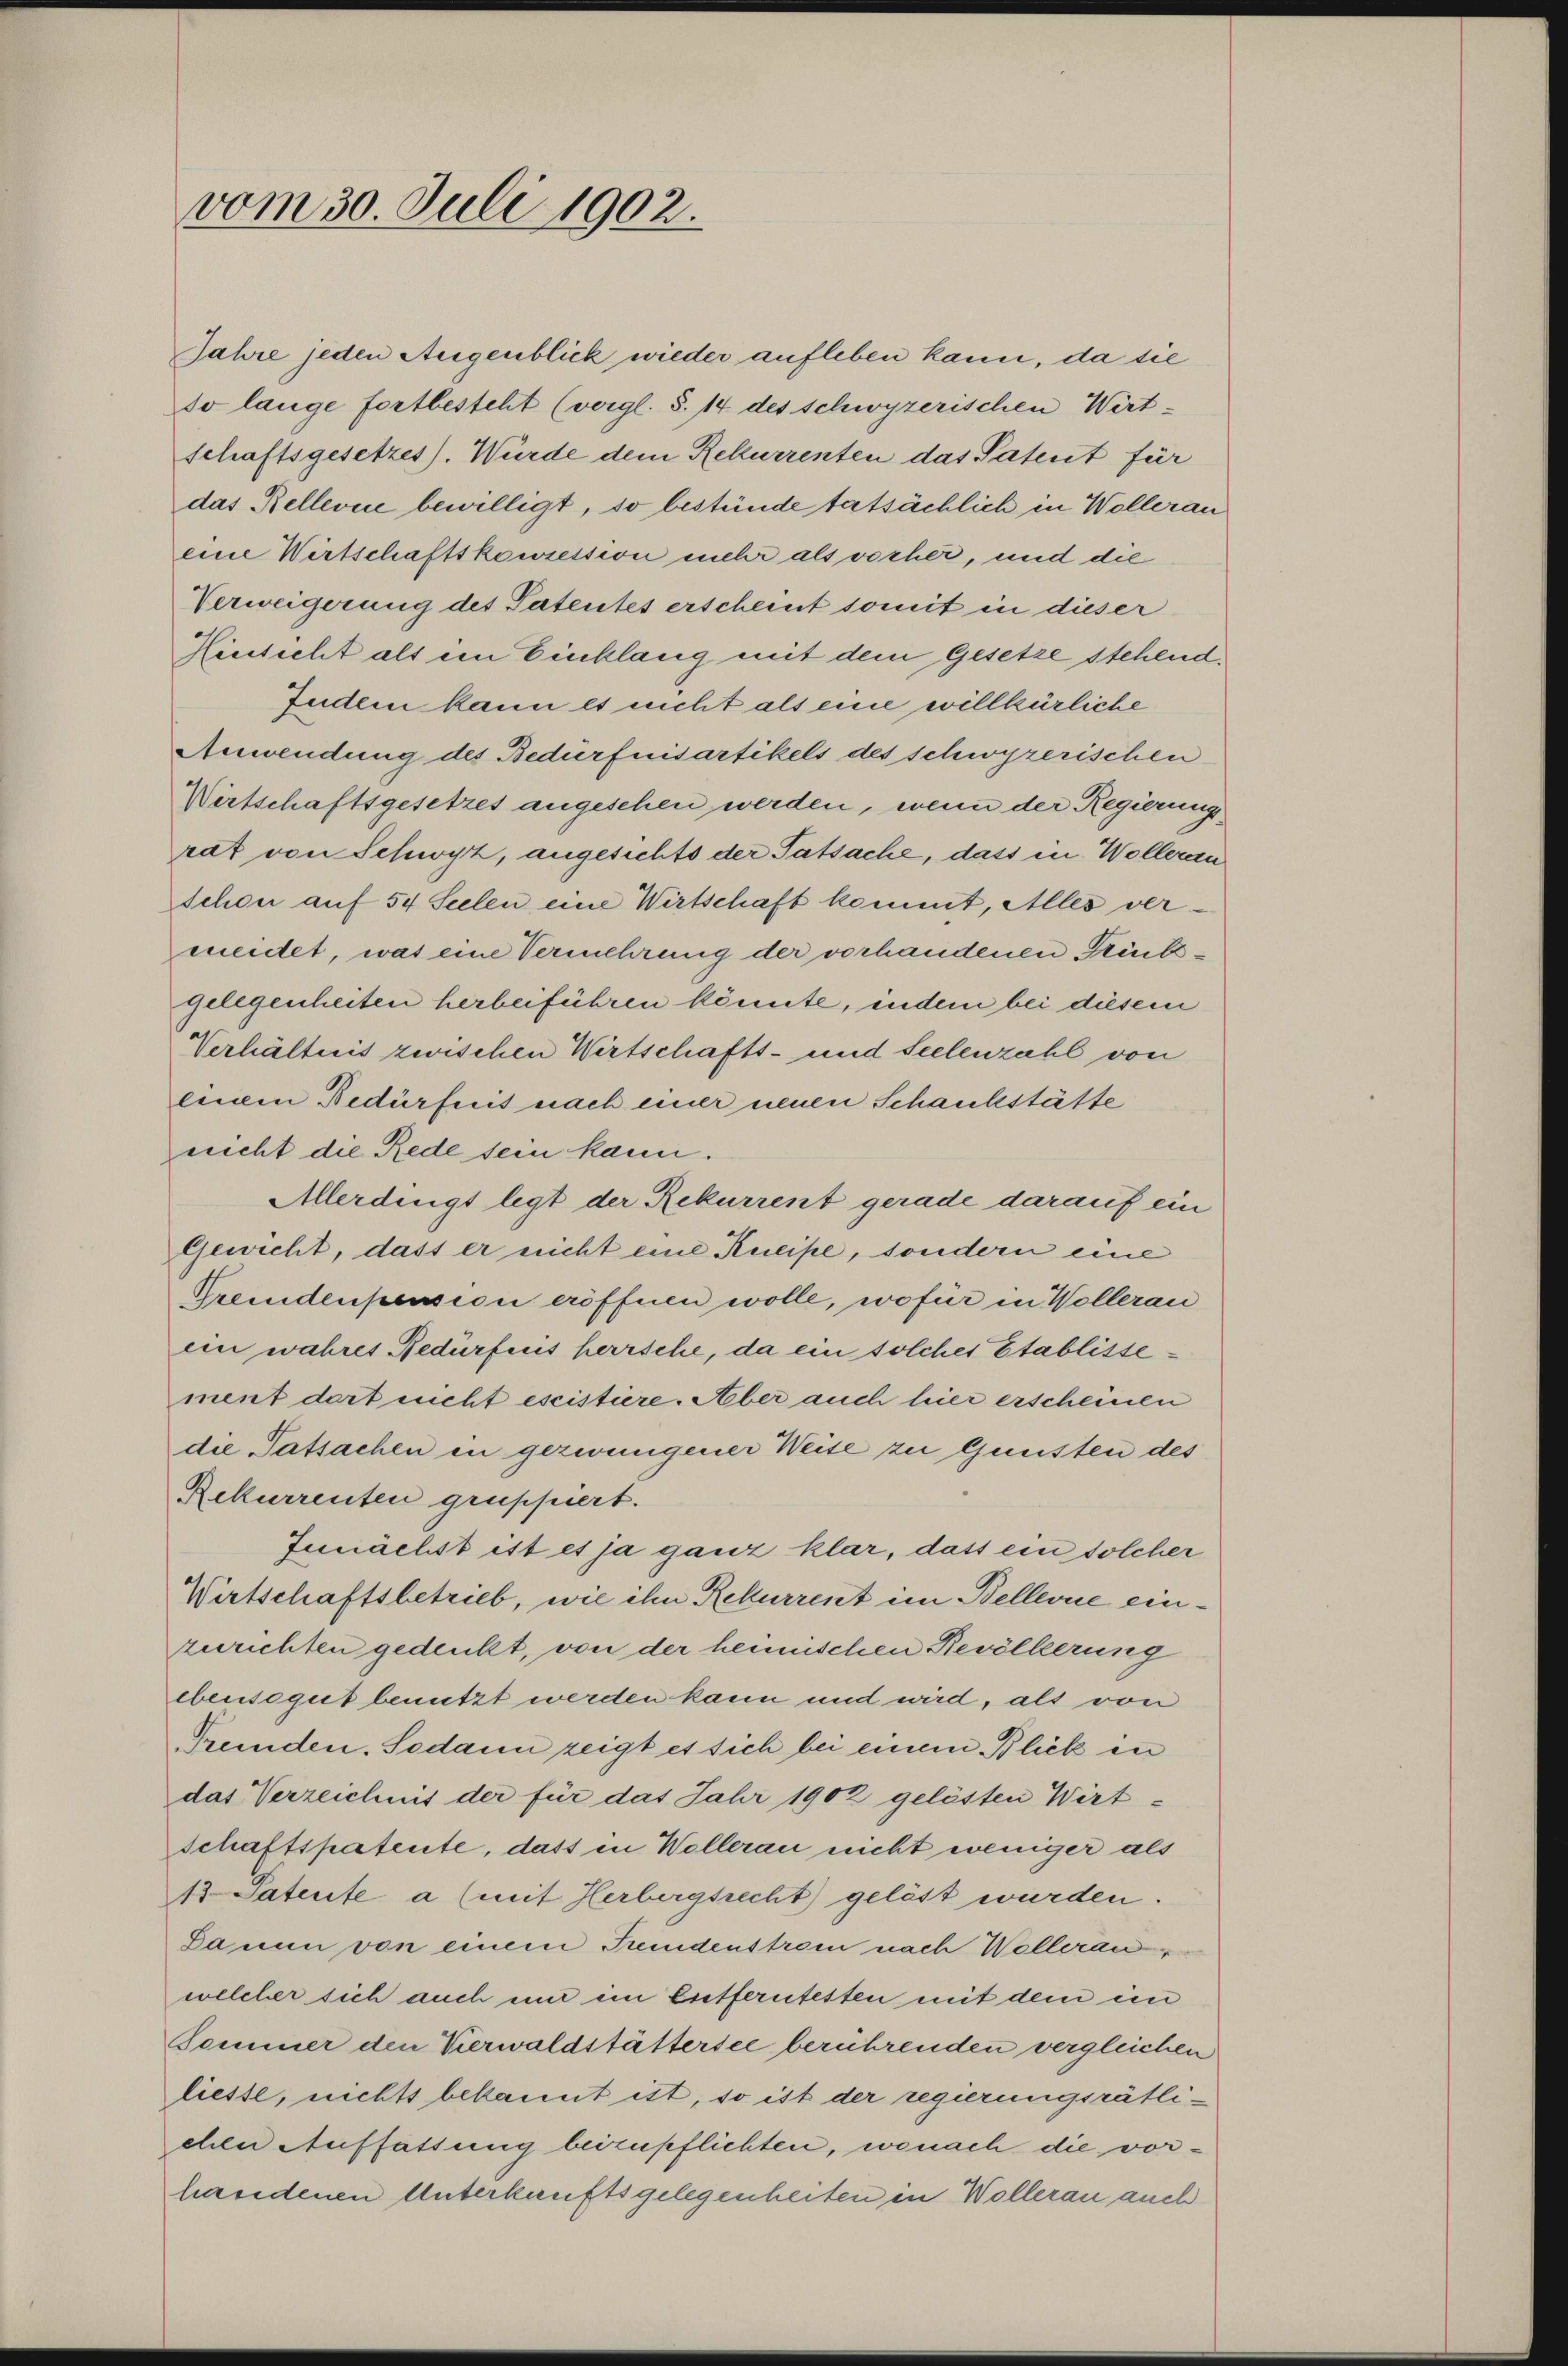
vom 30. Juli 1902.

Verhältnis zwischen Wirtschafts- und Seelenzahl von
eigen Bedürfnis nach einer neuen Schaukstätte
rricht die Rede sein kann.
Allerdingt legt der Rekurrent gerade darauf ein
Gewicht, dass er nicht eine Kneipe, sondern eine
Fremdenpension eröffnen wolle, wofür in Wollerau
ein wahres Bedürfnis herrsche, da ein solches Etablissement dort nicht escistiere. Aber auch hier erscheinen
die Tatsachen in gezwungener Weise zu Gunsten des
Rekurrenten gruppiert.
Zunächst ist es ja ganz klar, dass ein solcher
Wirtschaftsbetrieb, wie ihn Rekurrent im Bellerne einzurichten gedenkt, von der heimischen Bevölkerung
ebensogut benutzt werden kann und wird, als von
Fremden. Sodann zeigt es sich bei einem Blick in
das Verzeichnis der für das Jahr 1902 gelösten Wirt-
schaftspatente, dass in Wollerau nicht weniger als
13 Patente a (mit Herbergsrecht) gelöst wurden.
Da nun von einem Fremdenstrom nach Wollerauwelcher sich auch nur im Entferntesten mit dem ein
Sommer den Verwaldstättersee berührenden vergleichen
liesse, nichts bekannt ist, so ist der regierungsrätlichen Auffassung beizupflichten, wonach die vorhandenen Unterkunftsgelegenheiten in Wollerau auch

Jahre jeden Augenblick wieder aufleben kann, da sie
so lange fortbesteht (vergl. S. 14 des schwyzerischen Wert-
schaftsgesetzes). Würde dem Rekurrenten das Patent für
das Rellevue bewilligt, so bestünde tatsächlich in Wollerau
eine Wirtschaftskonzession mehr als vorher, und die
Verweigerung des Patentes erscheint somit in dieser
Hinsicht als ein Einklang mit dem Gesetze stehend,
Indem kann es nicht als eine willkürliche
Anwendung des Bedürfnisartikels des schwyzerischen
Wirtschaftsgesetzes angesehen werden, wenn der Regierungs
rat von Schwyz, angesichts der Tatsache, dass in Wollerau
schon auf 54 Seelen eine Wirtschaft kommt, Alles vermeidet, was eine Vermehrung der vorhandenen Tribgelegenheiten herbeiführen könnte, indem bei diesem